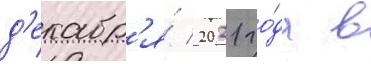
д'екабр'я́ 2021 го́да в